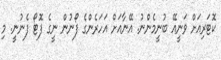
ކޮޓަރިއަށް ވަނީއޭ ބުނީމެންނު. އޭނާއަށް އަހަރެންގެ ފޯނުން ނީގެ ފޮޓޯ ފެނުނީ. މި